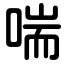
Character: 喘